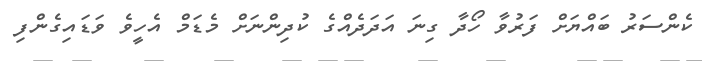
ކެންސަރު ބައްޔަށް ފަރުވާ ހޯދާ ގިނަ އަދަދެއްގެ ކުދިންނަށް މެޑަމް އެހީވެ ވަޑައިގެންފި